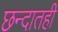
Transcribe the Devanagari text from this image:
छन्दातही